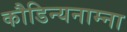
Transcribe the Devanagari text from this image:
कौडिन्यनाम्ना